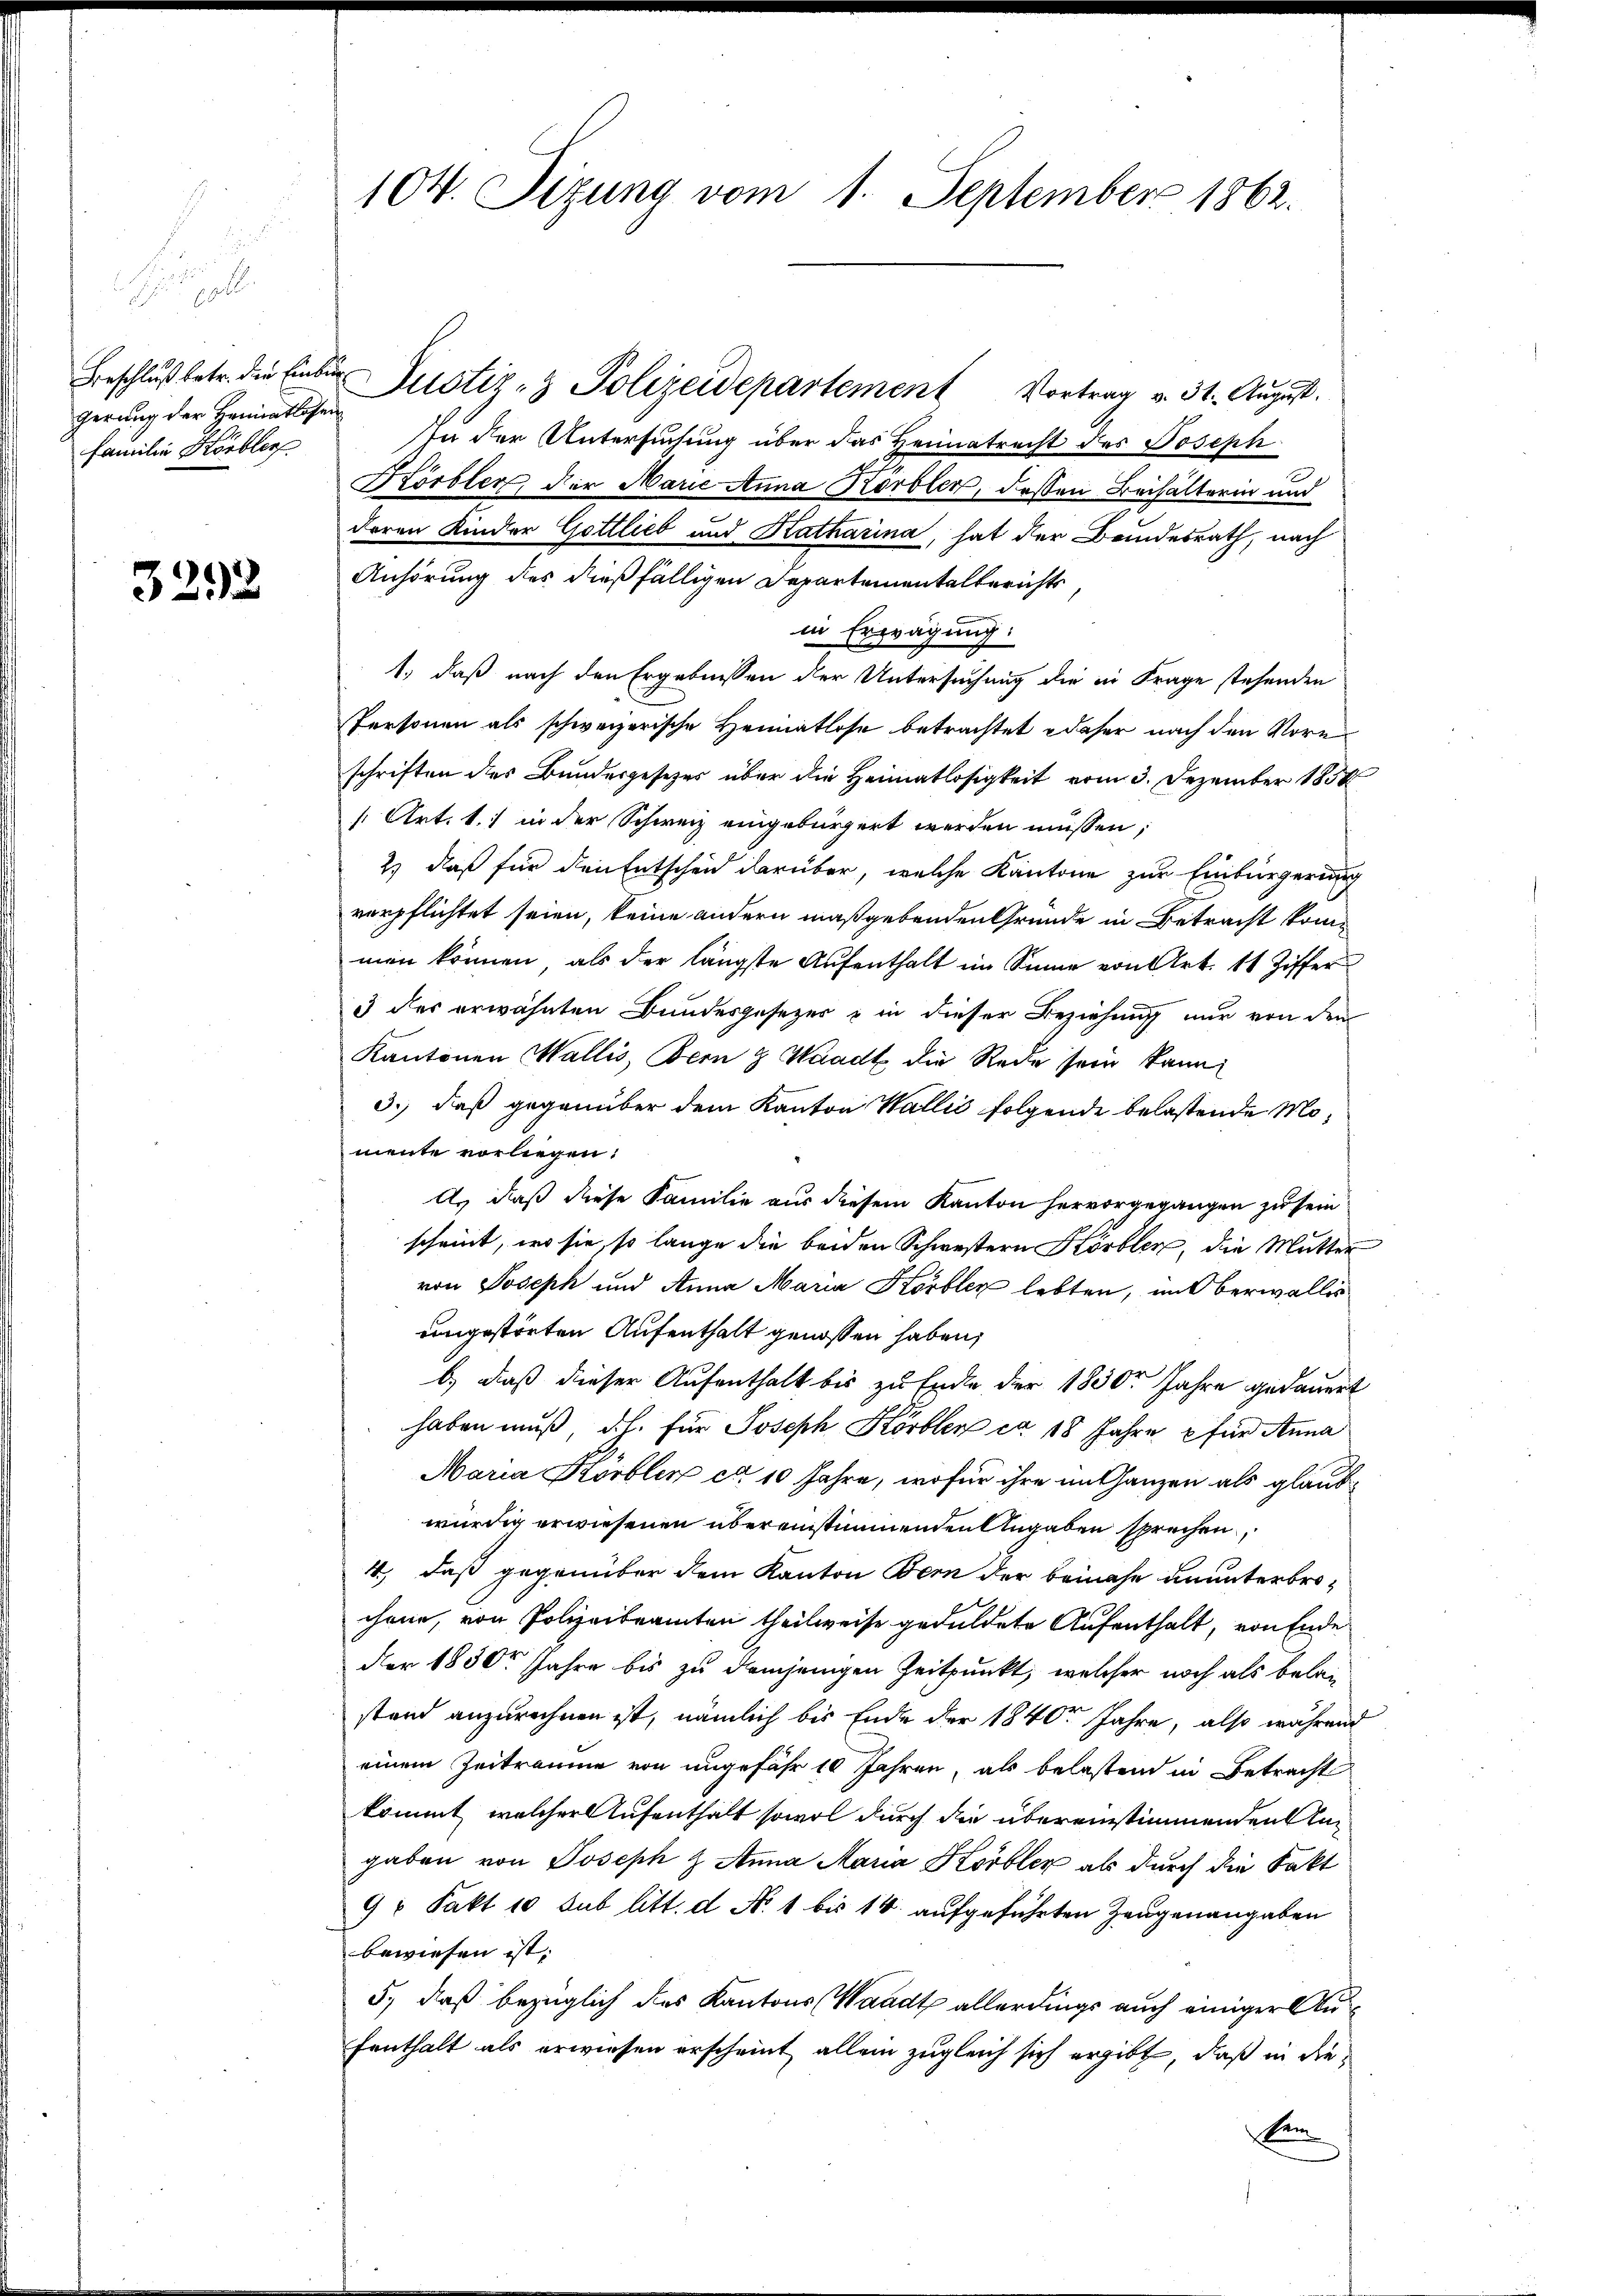
t

gerung der Heimatlosen
Familie Körbler

3292

104. Sizung vom 1. September 1862.

Beschlŭβ betr. die Einter Justiz- & Polizeidepartement Vortrag v. 31. August.
In der Untersuchung über das Heimatrecht des Joseph
Körbler, der Marie Anna Körbler, dessen Beihälterin und
deren Kinder Gottlieb und Katharina, hat der Beindesrath, nach
Anhörung des dießfälligen Departementalberichts,
in Erwägung:
1.) daß nach den Ergebnissen der Untersuchung die in Frage stehenden
Personen als schweizerische Heimatlose betrachtet daher nach den Voreschriften des Bundesgesetzes über die Heimatlosigkeit vom 3. Dezember 1858
[Art. 11 in der Schweiz eingebürgert werden müssen;
2) daß für den Entscheid darüber, welche Kantone zur Einbürgerung
verpflichtet seien, keine andern maßgebenden Gründe in Betracht kommen können, als der längste Aŭfenthalt im Sinne von Art. 11 Ziffer
3 des erwähnten Bundesgesezer  in dieser Beziehung nur von den
Kantonen Wallis, Bern & Waadt die Rede sein kann,
3.) daß gegenüber dem Kanton Wallis folgende belastende Momente vorliegen.
A. daß diese Familie aus diesem Kanton hervorgegangen zu sein
scheint, wo sie, so lange die beiden Schwestern Hörbler, die Mutter
von Joseph und Anna Maria Korblen lebten, in Oberwalles
ungestörten Aufenthalt genossen haben,
b.) daß dieser Aufenthalt bis zu Ende der 1830r Jahre gedauert
haben muß d. h. für Joseph Körbler ca 18 Jahre für Anna
Maria Körbler ca 10 Jahre, wofür ihre im Ganzen als glaub
würdig erwiesenen übereinstimmenden Angaben sprechen,
4) daß gegenüber dem Kanton Bern der beinahe ununterbrochene, von Polizeibeamten theilweise geduldete Aufenthalt, von Ende
der 1830r Jahre bis zu demjenigen Zeitpunkt, welcher noch als belan
stand anzurechnen ist, nämlich bis Ende der 1840 Jahre, also während
einem Zeiträume von ungefähr 10 Jahren, als belastend in Betracht
kommt, welcher Aufenthalt sowol durch die übereinstimmenden Angaben von Joseph & Anna Mara Körbler als durch die Fakt
9 u Fakt 10 sub litt. d N. 1 bis 14 aufgeführten Zeugenangaben
bewiesen ist;
5., daß bezüglich des Kantons Waadt allerdings auch einiger Aufenthalt als erwiesen erscheint allein zugleich sich ergibt, daß in dieem